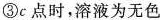
③c点时，溶液为无色